Calcutta medical institutions reports 1892-1900
Year: 1892
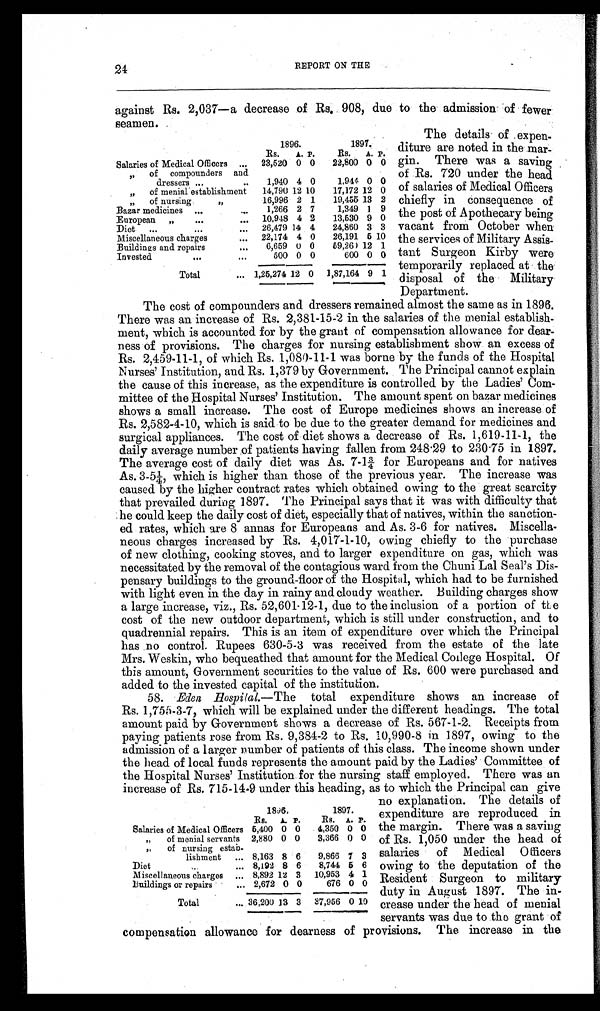
24
REPORT ON THE
against Rs. 2,037—a decrease of Rs. 908, due to the admission of fewer
seamen.
The details of expen-
diture are noted in the mar-
gin. There was a saving
of Rs. 720 under the head
of salaries of Medical Officers
chiefly in consequence of
the post of Apothecary being
vacant from October when
the services of Military Assis-
tant Surgeon Kirby were
temporarily replaced at the
disposal of the Military
Department.
The cost of compounders and dressers remained almost the same as in 1896.
There was an increase of Rs. 2,381-15-2 in the salaries of the menial establish-
ment, which is accounted for by the grant of compensation allowance for dear-
ness of provisions. The charges for nursing establishment show an excess of
Rs. 2,459-11-1, of which Rs. 1,080-11-1 was borne by the funds of the Hospital
Nurses' Institution, and Rs. 1,379 by Government. The Principal cannot explain
the cause of this increase, as the expenditure is controlled by the Ladies' Com-
mittee of the Hospital Nurses' Institution. The amount spent on bazar medicines
shows a small increase. The cost of Europe medicines shows an increase of
Rs. 2,582-4-10, which is said to be due to the greater demand for medicines and
surgical appliances. The cost of diet shows a decrease of Rs. 1,619-11-1, the
daily average number of patients having fallen from 248.29 to 230.75 in 1897.
The average cost of daily diet was As. 7-1¾ for Europeans and for natives
As. 3-5¼, which is higher than those of the previous year. The increase was
caused by the higher contract rates which obtained owing to the great scarcity
that prevailed during 1897. The Principal says that it was with difficulty that
he could keep the daily cost of diet, especially that of natives, within the sanction-
ed rates, which are 8 annas for Europeans and As. 3-6 for natives. Miscella-
neous charges increased by Rs. 4,017-1-10, owing chiefly to the purchase
of new clothing, cooking stoves, and to larger expenditure on gas, which was
necessitated by the removal of the contagious ward from the Chuni Lal Seal's Dis-
pensary buildings to the ground-floor of the Hospital, which had to be furnished
with light even in the day in rainy and cloudy weather. Building charges show
a large increase, viz., Rs. 52,601-12-1, due to the inclusion of a portion of the
cost of the new outdoor department, which is still under construction, and to
quadrennial repairs. This is an item of expenditure over which the Principal
has no control. Rupees 630-5-3 was received from the estate of the late
Mrs. Weskin, who bequeathed that amount for the Medical College Hospital. Of
this amount, Government securities to the value of Rs. 600 were purchased and
added to the invested capital of the institution.
58. Eden Hospital.—The total expenditure shows an increase of
Rs. 1,755-3-7, which will be explained under the different headings. The total
amount paid by Government shows a decrease of Rs. 567-1-2. Receipts from
paying patients rose from Rs. 9,384-2 to Rs. 10,990-8 in 1897, owing to the
admission of a larger number of patients of this class. The income shown under
the head of local funds represents the amount paid by the Ladies' Committee of
the Hospital Nurses' Institution for the nursing staff employed. There was an
increase of Rs. 715-14-9 under this heading, as to which the Principal can give
no explanation. The details of
expenditure are reproduced in
the margin. There was a saving
of Rs. 1,050 under the head of
salaries of Medical Officers
owing to the deputation of the
Resident Surgeon to military
duty in August 1897. The in-
crease under the head of menial
servants was due to the grant of
compensation allowance for dearness of provisions. The increase in the
1896.
1897.
Rs. A. P. Rs. A. P.
Salaries of Medical Officer ... 23,520 0 0 22,800 0 0
,, of compounders and
dressers ...
... 1,940 4 0
1,944 0 0
„ of menial establishment 14,790 12 10 17,172 12 0
„ of nursing
„
16,996 2 1 19,455 13 2
Bazar medicines ...
... 1,266 2 7
1,349 1 9
European „ ...
... 10,948 4 2 13,530 9 0
Diet ...
. . .
... 26,479 14 4 24,860 3 3
Miscellaneous charges
... 22,174 4 0 26,191 5 10
Buildings and repairs
... 6,659 0 0 59,260 12 1
Invested
. . .
...
500 0 0
600 0 0
Total
... 1,25,274 12 0 1,87,164 9 1
1896.
1897.
Rs. A. P. Rs. A. P.
Salaries of Medical Officers 5,400 0 0 4,350 0 0
„ of menial servants 2,880 0 0 3,366 0 0
„ of nursing estab-
lishment ... 8,163 8 6 9,866 7 3
Diet ...
... 8,192 8 6 8,744 5 6
Miscellaneous charges ... 8,892 12 3 10,953 4 1
Buildings or repairs
... 2,672 0 0
676 0 0
Total
... 36,200 13 3 37,956 0 10